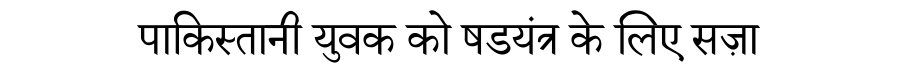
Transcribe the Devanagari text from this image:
पाकिस्तानी युवक को षडयंत्र के लिए सज़ा